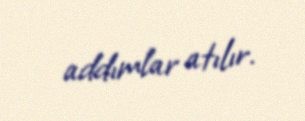
addımlar atılır.